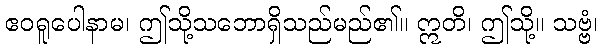
ဧဝရူပေါနာမ၊ ဤသို့သဘောရှိသည်မည်၏။ ဣတိ၊ ဤသို့။ သဗ္ဗံ၊